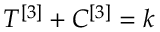
T ^ { [ 3 ] } + C ^ { [ 3 ] } = k